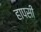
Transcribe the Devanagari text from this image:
हापसी